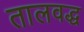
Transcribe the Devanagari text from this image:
तालवद्ध